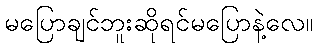
မပြောချင်ဘူးဆိုရင်မပြောနဲ့လေ။